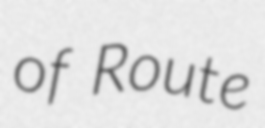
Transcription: of Route